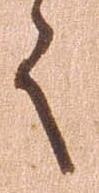
々